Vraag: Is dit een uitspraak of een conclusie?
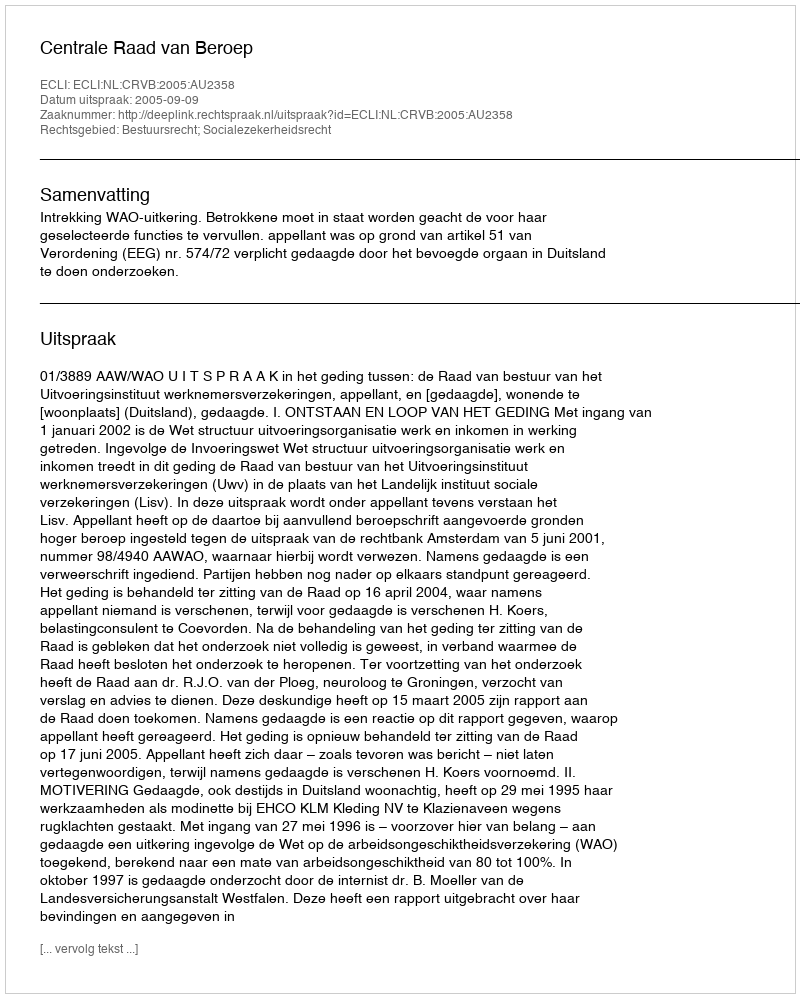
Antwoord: Uitspraak